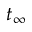
t _ { \infty }